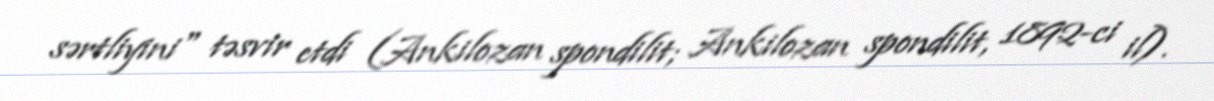
sərtliyini" təsvir etdi (Ankilozan spondilit; Ankilozan spondilit, 1892-ci il).